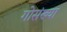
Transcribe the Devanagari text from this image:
गोसंख्या